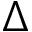
\Delta